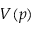
V ( p )